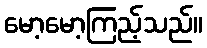
မော့မော့ကြည့်သည်။